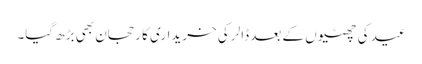
عید کی چھٹیوں کے بعد ڈالر کی خریداری کا رحجان بھی بڑھ گیا۔